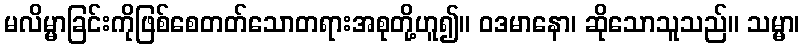
မလိမ္မာခြင်းကိုဖြစ်စေတတ်သောတရားအစုတို့ဟူ၍။ ဝဒမာနော၊ ဆိုသောသူသည်။ သမ္မာ၊